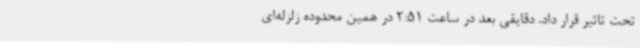
تحت تاثیر قرار داد. دقایقی بعد در ساعت 2:51 در همین محدوده زلزله‌ای